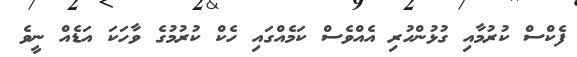
ފެކްސް ކުރުމާއި ގުޅުންހުރި އެއްވެސް ކަމެއްގައި ހެކް ކުރުމުގެ ވާހަކަ އަޑެއް ނީވެ